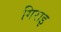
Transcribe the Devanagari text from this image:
गिराइ